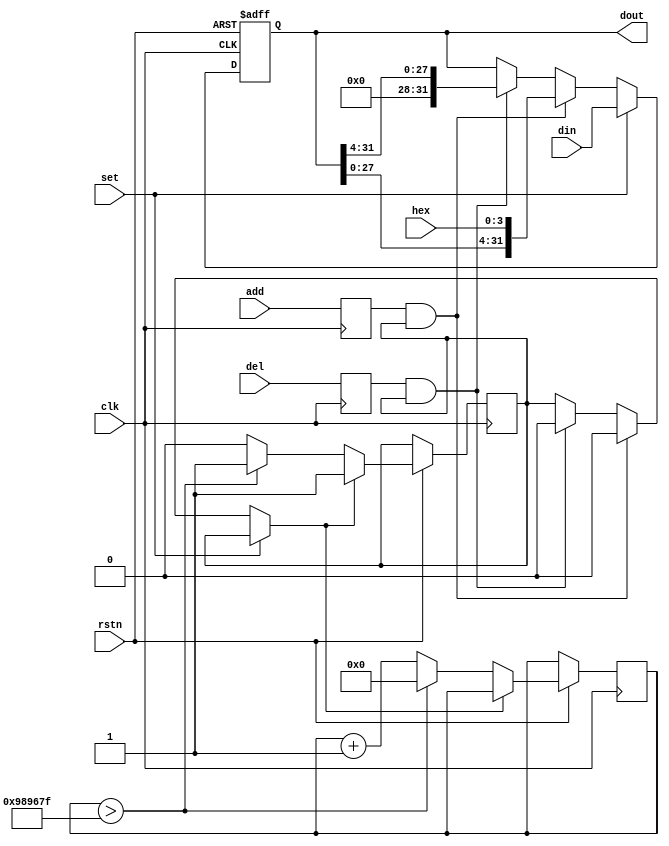
`timescale 1ns / 1ps
//////////////////////////////////////////////////////////////////////////////////
// Company: 
// Engineer: 
// 
// Design Name: 
// Module Name: DataMove
// Project Name: 
// Target Devices: 
// Tool Versions: 
// Description: 
// 
// Dependencies: 
// 
// Revision:
// Revision 0.01 - File Created
// Additional Comments:
// 
//////////////////////////////////////////////////////////////////////////////////


/*
    ================================   DATA_MOVE module   ================================
    Author:         Wintermelon
    Last Edit:      2022.3.28

    This is a special 32-bit number register
    Function:
        1.[Synchronous] When signal add comes, the number in register will left shift 4 bits and add the input hex number at last.
            dout = {{dout[27:0]}, {hex}}

        2.[Synchronous] When signal del comes, the number in register will right shift 4 bis (logical) and add 0 at first.
            dout = {{4'b0}, {dout[31:4]}}

        3.[Synchronous] When signal set comes, the number in register will be set as the input data.
            dout <= din

        4.[Asynchronous] When signal rstn comes, the number in register will be set as 0. 
            dout <= 0

        5. When no signal comes, the number in register will keep itself.

    In order to prevent protential data error, there will be a 100ms refractory period after each signal.

*/



module DATA_MOVE(
    input [31:0] din,
    input [3:0] hex,
    input add,
    input del,
    input set,
    input rstn,
    input clk,                  // work at 100MHz clock
    output reg [31:0] dout
);
    initial begin
        dout <= 0;
    end

    localparam TIMELIMIT = 10000000;
    reg [25:0] enable_cnt;
    reg enable_flag;
    reg add_1, del_1;

    initial begin
        enable_flag <= 1;
        enable_cnt <= 0;
        add_1 <= 0;
        del_1 <= 0;
        dout <= 0;
    end

    always @(posedge clk) begin
        add_1 <= add;
        del_1 <= del;
    end

    always @(posedge clk or negedge rstn) begin
        if (~rstn)
            dout <= 0;   
        else begin
            if (set == 1) 
                dout <= din;
            else if (add_1 && enable_flag) begin          
                enable_flag = 0;
                dout = {{dout[27:0]}, {hex}};
            end
            else if (del_1 && enable_flag) begin          
                enable_flag = 0;
                dout = {{4'b0}, {dout[31:4]}};
            end            
            if (enable_flag == 0) begin
                enable_cnt <= enable_cnt + 1'b1;
                if (enable_cnt > TIMELIMIT - 1) begin
                    enable_cnt <= 0;
                    enable_flag <= 1;
                end
            end
        end
    end


endmodule